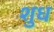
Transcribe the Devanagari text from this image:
शुध